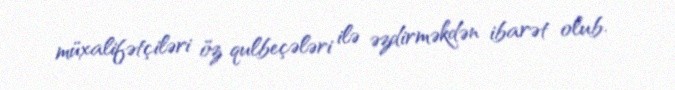
müxalifətçiləri öz qulbeçələri ilə əzdirməkdən ibarət olub.